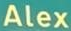
Alex